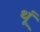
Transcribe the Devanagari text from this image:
थूं